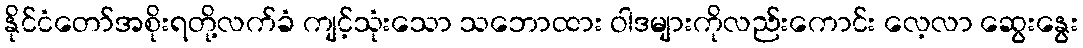
နိုင်ငံတော်အစိုးရတို့လက်ခံ ကျင့်သုံးသော သဘောထား ဝါဒများကိုလည်းကောင်း လေ့လာ ဆွေးနွေး